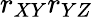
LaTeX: r_{XY}r_{YZ}